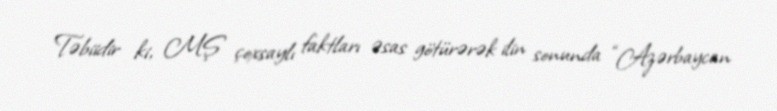
Təbiidir ki, MŞ çoxsaylı faktları əsas götürərək ilin sonunda “Azərbaycan